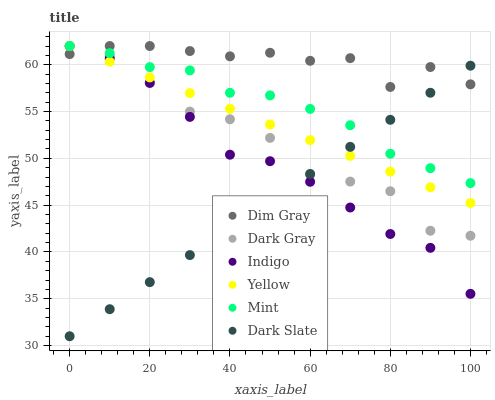
| xaxis_label | Dim Gray | Dark Gray | Indigo | Yellow | Mint | Dark Slate |
 | --- | --- | --- | --- | --- | --- | --- |
 | 0 | 61.1 | 62 | 62 | 62 | 62 | 31 |
 | 10 | 62 | 60.9 | 60.7 | 60.3 | 61.2 | 33.9 |
 | 20 | 62 | 58.1 | 58.1 | 58.6 | 59.7 | 36.8 |
 | 30 | 61.5 | 55 | 54.4 | 57 | 59.4 | 39.7 |
 | 40 | 60.9 | 54.2 | 50.4 | 55.3 | 57 | 42.6 |
 | 50 | 61.3 | 52.2 | 49.7 | 53.6 | 56.7 | 45.4 |
 | 60 | 60.4 | 48.2 | 47.5 | 51.9 | 55.3 | 48.3 |
 | 70 | 60.7 | 47.5 | 44.8 | 50.3 | 53.5 | 51.2 |
 | 80 | 57.6 | 46.5 | 41.9 | 48.6 | 50.5 | 54.1 |
 | 90 | 59.8 | 42.3 | 40.4 | 46.9 | 49 | 57 |
 | 100 | 57.9 | 41.7 | 35.5 | 45.2 | 47.4 | 59.9 |